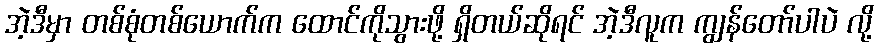
အဲ့ဒီမှာ တစ်စုံတစ်ယောက်က ထောင်ကိုသွားဖို့ ရှိတယ်ဆိုရင် အဲ့ဒီလူက ကျွန်တော်ပါပဲ လို့